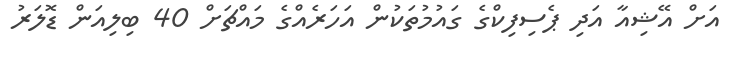
އަށް އޭޝިއާ އަދި ޕެސިފިކްގެ ގައުމުތަކުން އަހަރެއްގެ މައްޗަށް 40 ބިލިއަން ޑޮލަރު